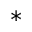
^ *